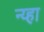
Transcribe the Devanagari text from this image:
न्य्हा